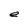
Character: e